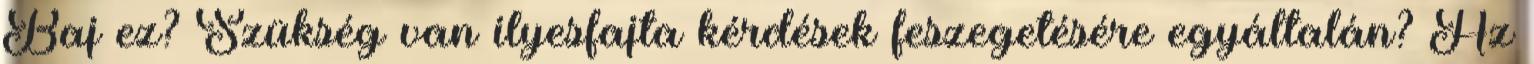
Baj ez? Szükség van ilyesfajta kérdések feszegetésére egyáltalán? Az